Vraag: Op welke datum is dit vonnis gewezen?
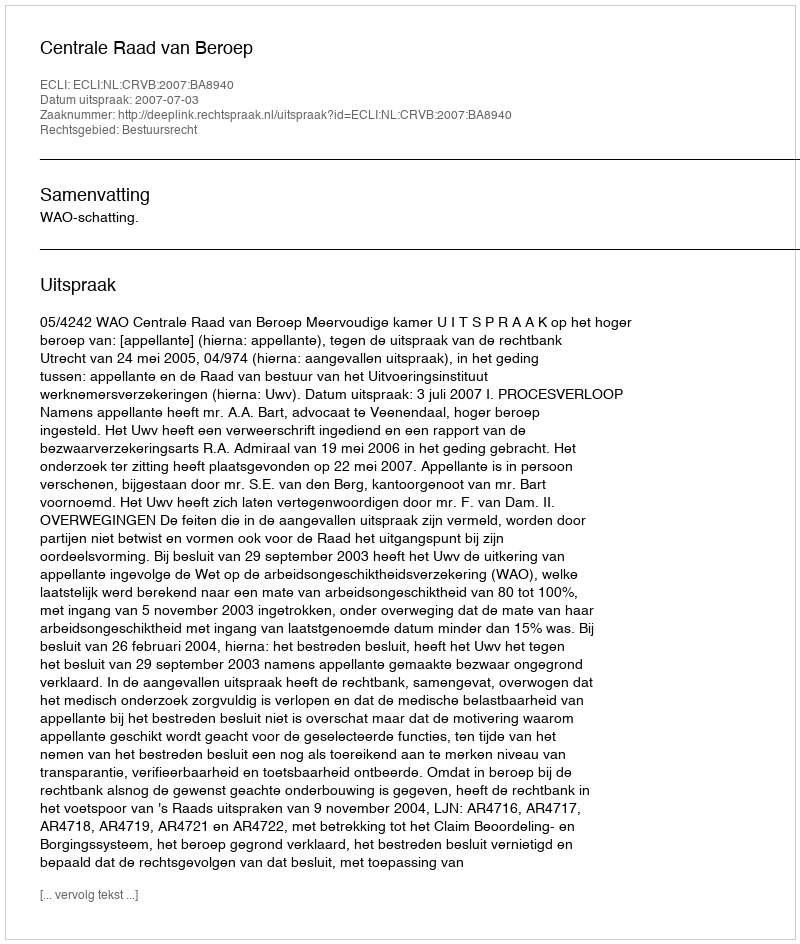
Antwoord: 2007-07-03